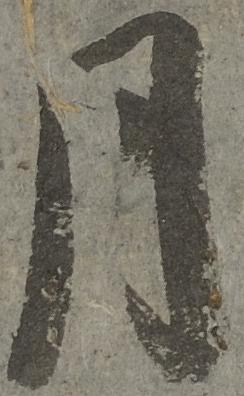
月